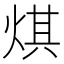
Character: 𤊄